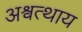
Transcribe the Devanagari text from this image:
अश्वत्थाय